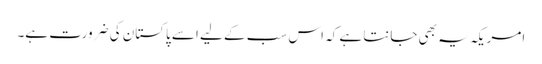
امریکہ یہ بھی جانتا ہے کہ اس سب کے لیے اسے پاکستان کی ضرورت ہے۔